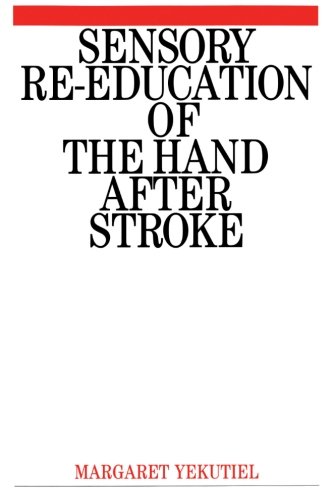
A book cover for Sensory Re-Education of the Hand after Stroke; Yekutiel Margar; Health, Fitness & Dieting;